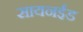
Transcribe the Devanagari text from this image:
सायनईड